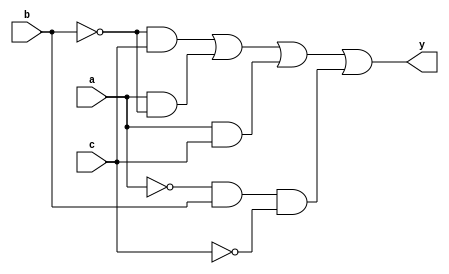
module kmap(input a,input b, input c,output y);

    wire not_a, not_b, not_c ;
    wire y1,y2,y3,y4,y5;

    not(not_a,a);
    not(not_b,b);
    not(not_c,c);

    and(y1,not_b,c);
    and(y2,a,not_b);
    and(y3,a,c);

    and(y4,not_a,b,not_c);

    or(y5,y1,y2,y3,y4);
    
    assign y=y5;
endmodule